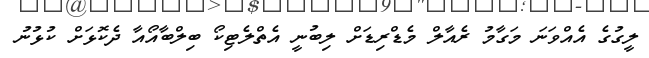
ލީގުގެ އެއްވަނަ މަގާމު ރެއާލް މެޑްރިޑަށް ލިބުނީ އެތްލެޓިކޯ ބިލްބާއޯއާ ދެކޮޅަށް ކުޅުނު